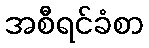
အစီရင်ခံစာ